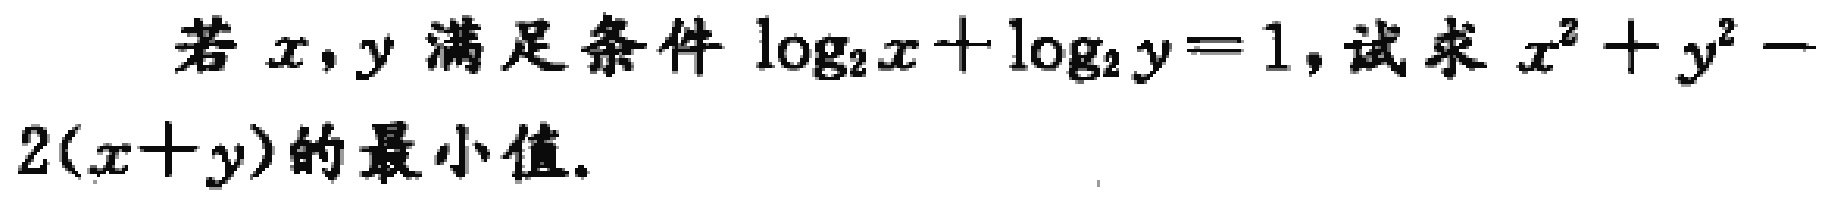
若\(x,y\)满足条件\(\log_{2}x + \log_{2}y = 1\)，试求\(x^{2}+y^{2}-2(x + y)\)的最小值。